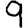
Digit: 9